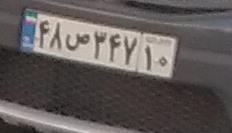
۴۸ص۳۴۷۱۰